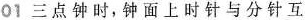
01三点钟时，钟面上时针与分针互